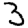
Digit: 3